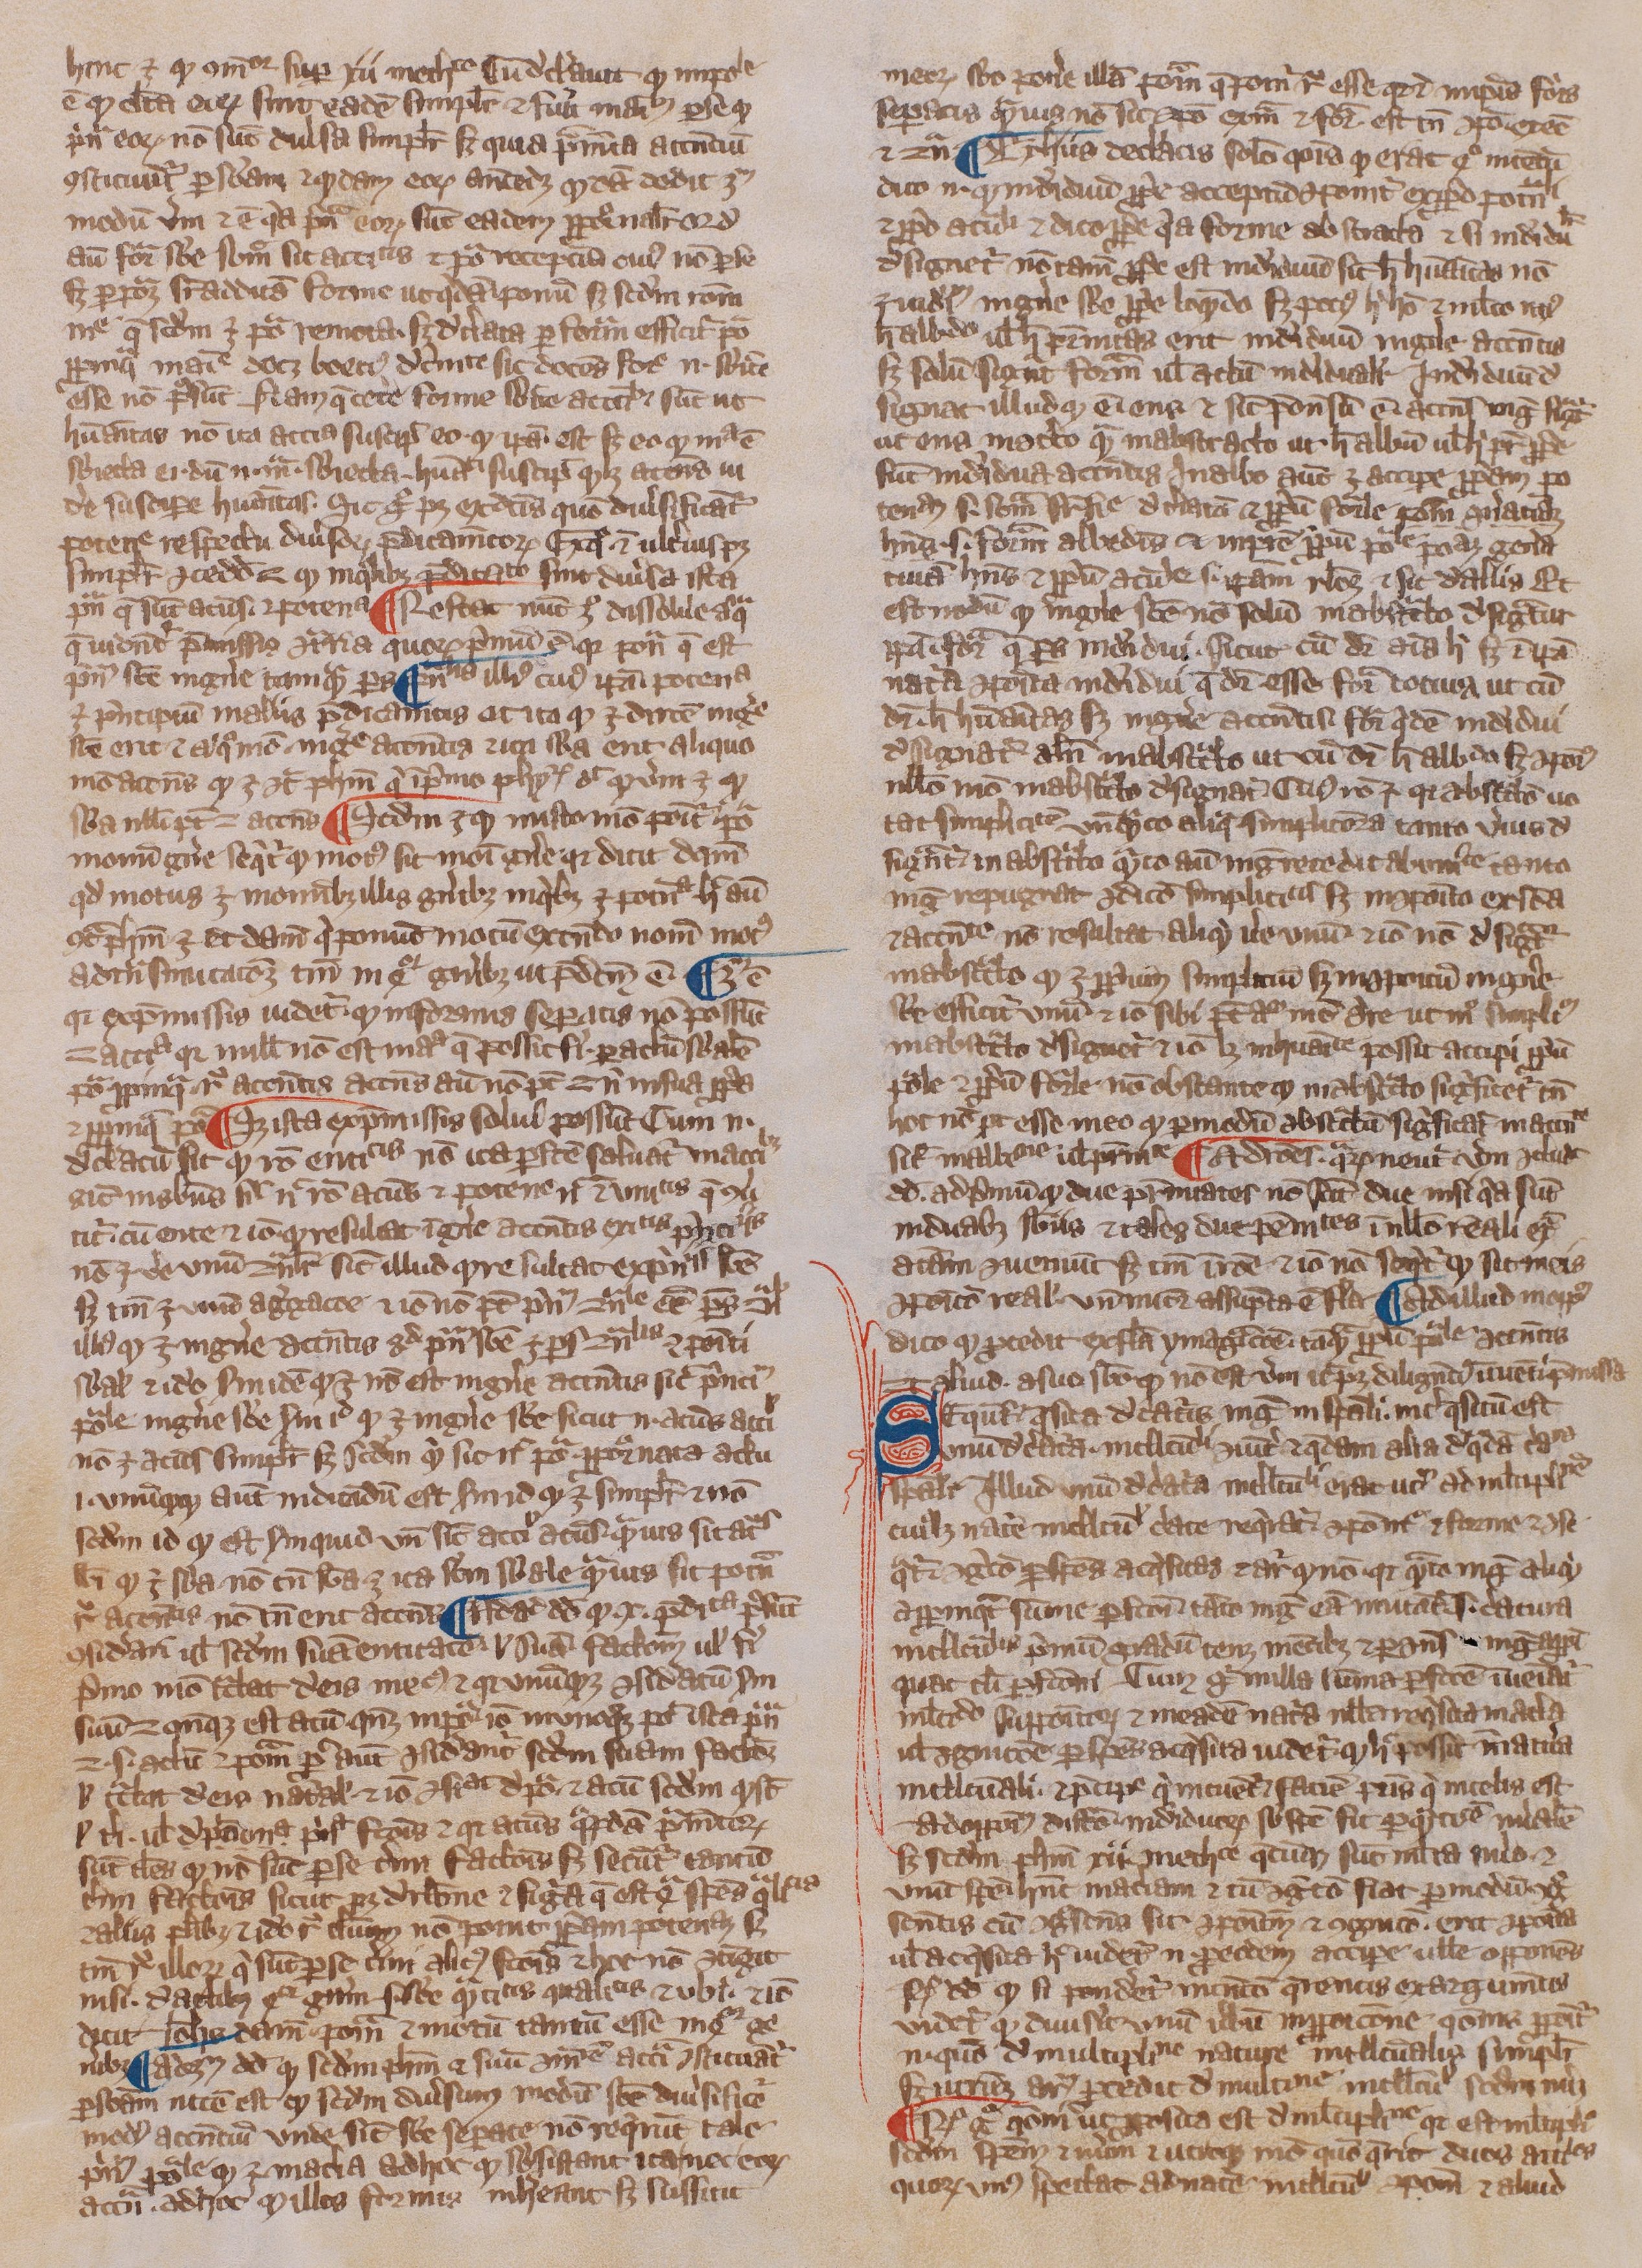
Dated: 1300–1399